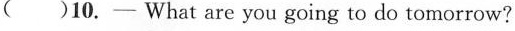
( )10.- What are you going to do tomorrow?